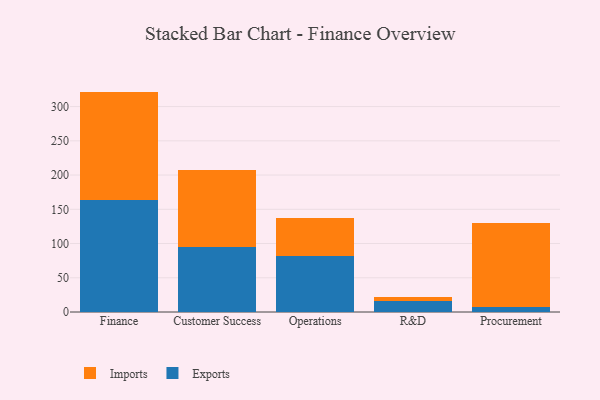
{"axis": {"x": "Department", "y": "Conversion Rate (%)"}, "legend": ["Exports", "Imports"], "data": [{"x": "Finance", "y": 163.7, "type": "Exports"}, {"x": "Finance", "y": 158.2, "type": "Imports"}, {"x": "Customer Success", "y": 95.2, "type": "Exports"}, {"x": "Customer Success", "y": 111.6, "type": "Imports"}, {"x": "Operations", "y": 82.2, "type": "Exports"}, {"x": "Operations", "y": 54.9, "type": "Imports"}, {"x": "R&D", "y": 15.4, "type": "Exports"}, {"x": "R&D", "y": 6.1, "type": "Imports"}, {"x": "Procurement", "y": 6.7, "type": "Exports"}, {"x": "Procurement", "y": 122.6, "type": "Imports"}]}